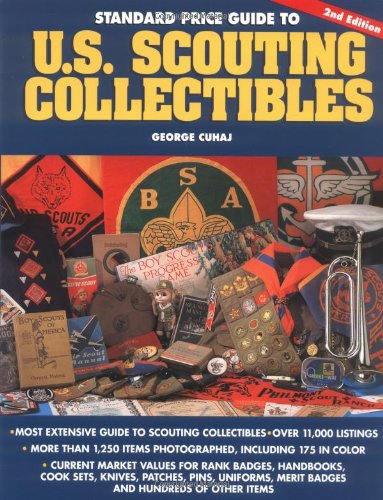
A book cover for Standard Price Guide to U.S. Scouting Collectibles; George S. Cuhaj; Crafts, Hobbies & Home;